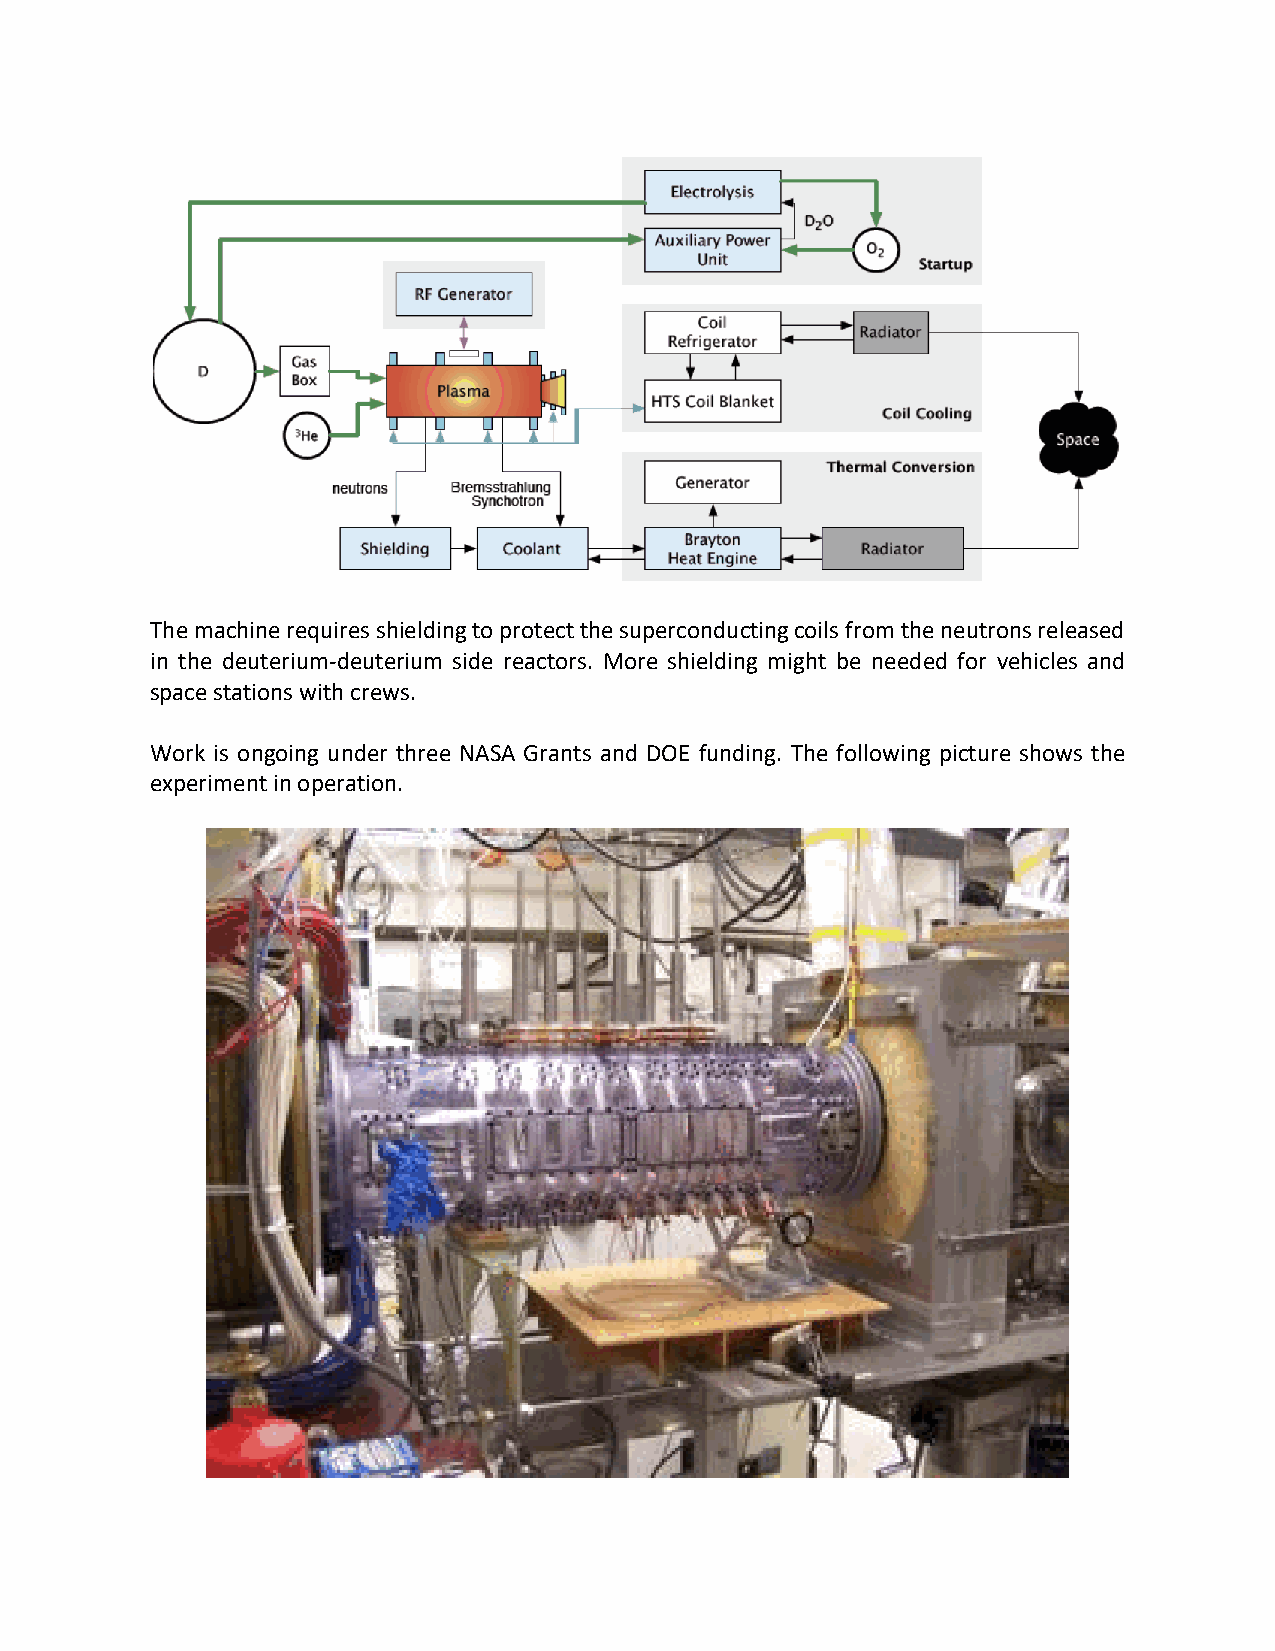
The machine requires shielding to protect the superconducting coils from the neutrons released
 in the deuterium-deuterium side reactors. More shielding might be needed for vehicles and
 space stations with crews.
 Work is ongoing under three NASA Grants and DOE funding. The following picture shows the
 experiment in operation.